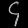
Digit: ၄